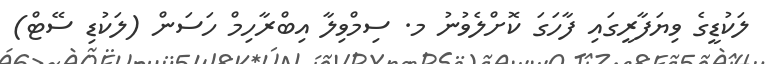
ލަކުޑީގެ ވިޔަފާރީގައި ފާހަގަ ކޮށްލެވުނު މ. ސިމްވިލާ އިބްރާހިމް ހަސަން (ލަކުޑި ސޭޓް)